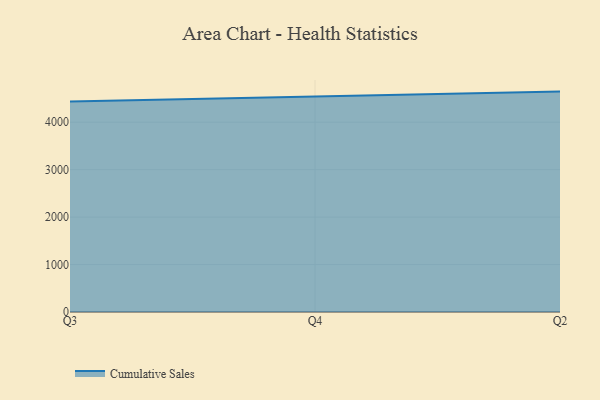
{"axis": {"x": "Quarter", "y": "Demand Index"}, "legend": ["Cumulative Sales"], "data": [{"x": "Q3", "y": 4434.1, "type": "Cumulative Sales"}, {"x": "Q4", "y": 4538.8, "type": "Cumulative Sales"}, {"x": "Q2", "y": 4644.9, "type": "Cumulative Sales"}]}